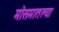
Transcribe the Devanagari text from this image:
मोसमातल्या